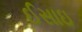
ઈસાઇ